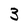
Character: 3